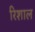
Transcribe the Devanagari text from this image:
रिशाल